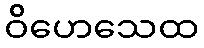
ဝိဟေသေထ